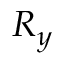
R _ { y }